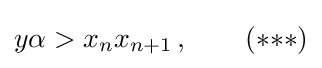
y\alpha >x_{n}x_{n+1}\,,\qquad ({*}{*}{*})